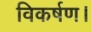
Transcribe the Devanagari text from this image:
विकर्षण।